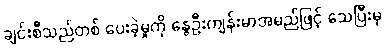
ချင်းစီသည်တစ် ပေးခဲ့မှုကို နွေဦးကျန်းမာအမည်ဖြင့် သေပြီးမှ